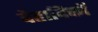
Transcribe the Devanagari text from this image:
देहादिकों